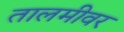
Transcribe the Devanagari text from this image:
तालमीवर